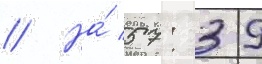
// На́ 57: 39